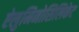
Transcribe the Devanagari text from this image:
ऐलुमिनोसिलिकेट